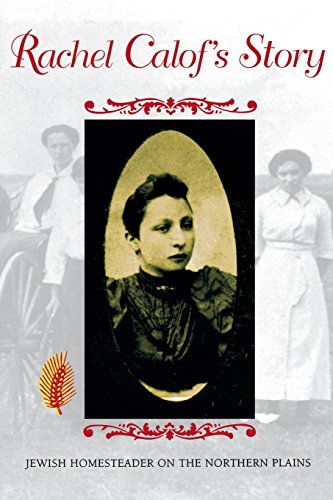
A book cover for Rachel Calof's Story: Jewish Homesteader on the Northern Plains; Rachel Calof; Biographies & Memoirs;